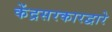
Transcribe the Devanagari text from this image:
केंद्रसरकारद्वारे